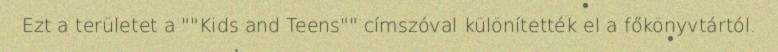
Ezt a területet a ""Kids and Teens"" címszóval különítették el a főkönyvtártól.